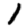
Digit: 1